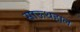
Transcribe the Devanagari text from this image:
साऊथहाल